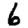
Digit: 6